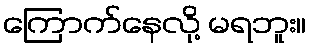
ကြောက်နေလို့ မရဘူး။